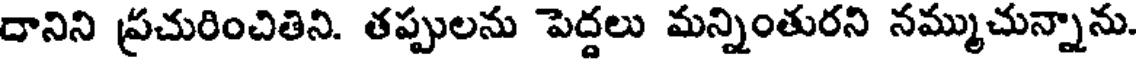
దానిని ప్రచురించితిని. తప్పులను పెద్దలు మన్నింతురని నమ్ముచున్నాను.